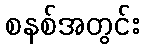
စနစ်အတွင်း